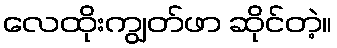
လေထိုးကျွတ်ဖာ ဆိုင်တဲ့။